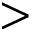
>